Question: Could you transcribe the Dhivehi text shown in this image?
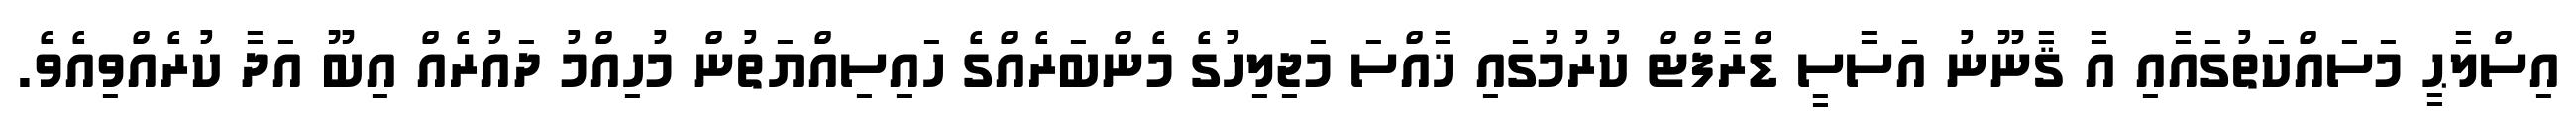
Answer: އިސްލާޙީ މަސައްކަތުގައާއި އާ ޤާނޫނު އަސާސީ ޑްރާފްޓް ކުރުމުގައި ޚާއްސަ މަޖިލިހުގެ މެންބަރެއްގެ ހައިސިއްޔަތުން މުހިއްމު ދައުރެއް އިބޫ އަދާ ކުރެއްވިއެވެ.